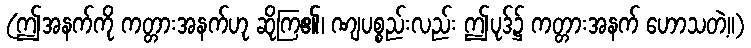
(ဤအနက်ကို ကတ္တားအနက်ဟု ဆိုကြ၏၊ ဏျပစ္စည်းလည်း ဤပုဒ်၌ ကတ္တားအနက် ဟောသတဲ့။)